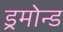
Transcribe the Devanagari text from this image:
ड्रमोन्ड